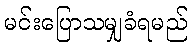
မင်းပြောသမျှခံရမည်